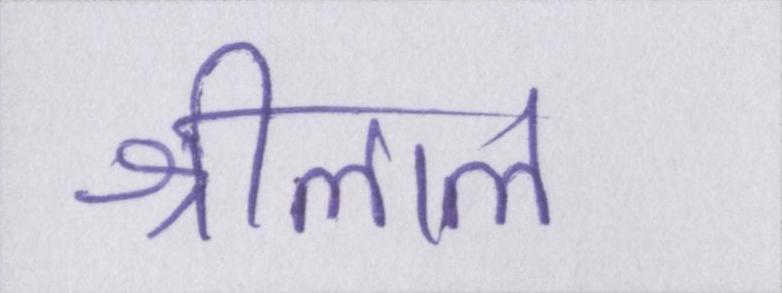
श्रीलाल